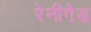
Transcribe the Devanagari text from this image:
रेनीगेड